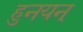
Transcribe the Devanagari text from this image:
हुनयन्